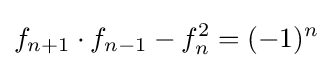
f_{n+1}\cdot f_{n-1}-f_{n}^{2}=(-1)^{n}